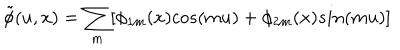
\tilde { \phi } ( u , x ) = \sum _ { m } [ \phi _ { 1 m } ( x ) c o s ( m u ) + \phi _ { 2 m } ( x ) s i n ( m u ) ]